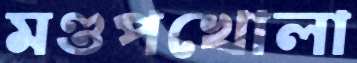
মণ্ডপখোলা